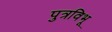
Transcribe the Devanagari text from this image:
पुत्रविभू